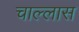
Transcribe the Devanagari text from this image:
चाल्लास